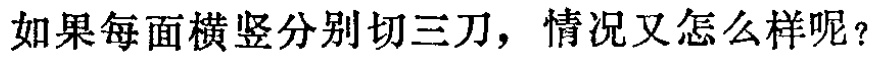
如果每面横竖分别切三刀，情况又怎么样呢？